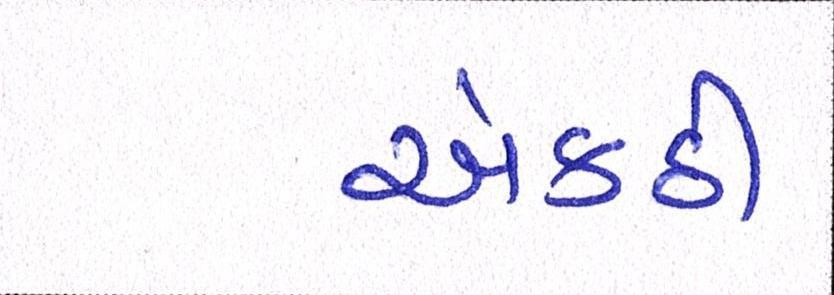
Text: એકઠી